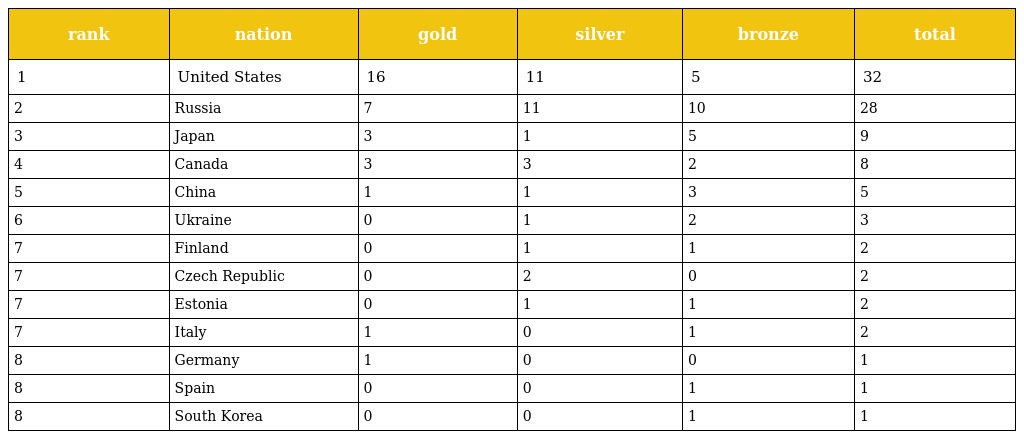
| rank | nation | gold | silver | bronze | total |
 | --- | --- | --- | --- | --- | --- |
 | 1 | United States | 16 | 11 | 5 | 32 |
 | 2 | Russia | 7 | 11 | 10 | 28 |
 | 3 | Japan | 3 | 1 | 5 | 9 |
 | 4 | Canada | 3 | 3 | 2 | 8 |
 | 5 | China | 1 | 1 | 3 | 5 |
 | 6 | Ukraine | 0 | 1 | 2 | 3 |
 | 7 | Finland | 0 | 1 | 1 | 2 |
 | 7 | Czech Republic | 0 | 2 | 0 | 2 |
 | 7 | Estonia | 0 | 1 | 1 | 2 |
 | 7 | Italy | 1 | 0 | 1 | 2 |
 | 8 | Germany | 1 | 0 | 0 | 1 |
 | 8 | Spain | 0 | 0 | 1 | 1 |
 | 8 | South Korea | 0 | 0 | 1 | 1 |